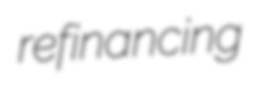
refinancing